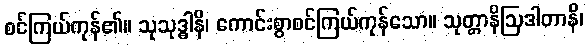
စင်ကြယ်ကုန်၏။ သုသုဒ္ဓါနိ၊ ကောင်းစွာစင်ကြယ်ကုန်သော။ သုတ္တာနိဩဒါတာနိ၊